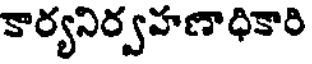
కార్యనిర్వహణాధికారి